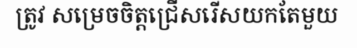
ត្រូវ សម្រេចចិត្តជ្រើសរើសយកតែមួយ